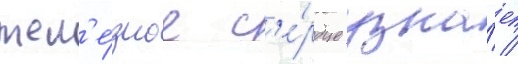
жел'е́зное с'е́рдце узна́ет /